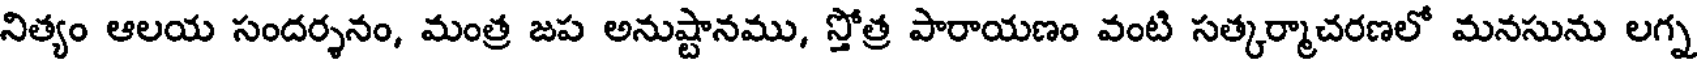
నిత్యం ఆలయ సందర్శనం, మంత్ర జప అనుష్టానము, స్తోత్ర పారాయణం వంటి సత్కర్మాచరణలో మనసును లగ్న